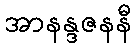
အာနန္ဒဇနနီ